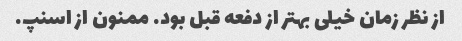
از نظر زمان خیلی بهتر از دفعه قبل بود. ممنون از اسنپ.